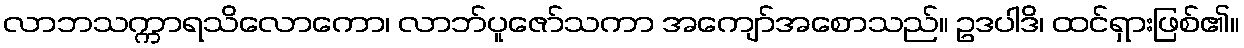
လာဘသက္ကာရသိလောကော၊ လာဘ်ပူဇော်သကာ အကျော်အစောသည်။ ဥဒပါဒိ၊ ထင်ရှားဖြစ်၏။